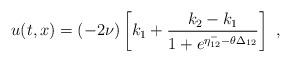
LaTeX: \begin{align*}u(t,x) = (-2\nu) \left[k_1 + \frac{k_2 - k_1}{1 + e^{\eta^-_{12} -\theta\Delta_{12}}}\right]\,\,, \end{align*}